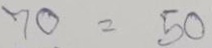
70 = 50